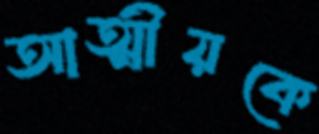
আত্মীয়কে